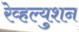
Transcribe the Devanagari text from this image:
रेव्हल्युशन